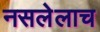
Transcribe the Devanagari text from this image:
नसलेलाच